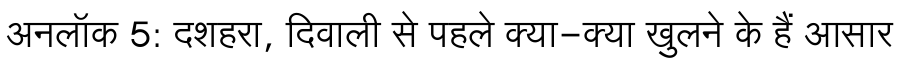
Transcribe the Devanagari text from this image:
अनलॉक 5: दशहरा, दिवाली से पहले क्या-क्या खुलने के हैं आसार